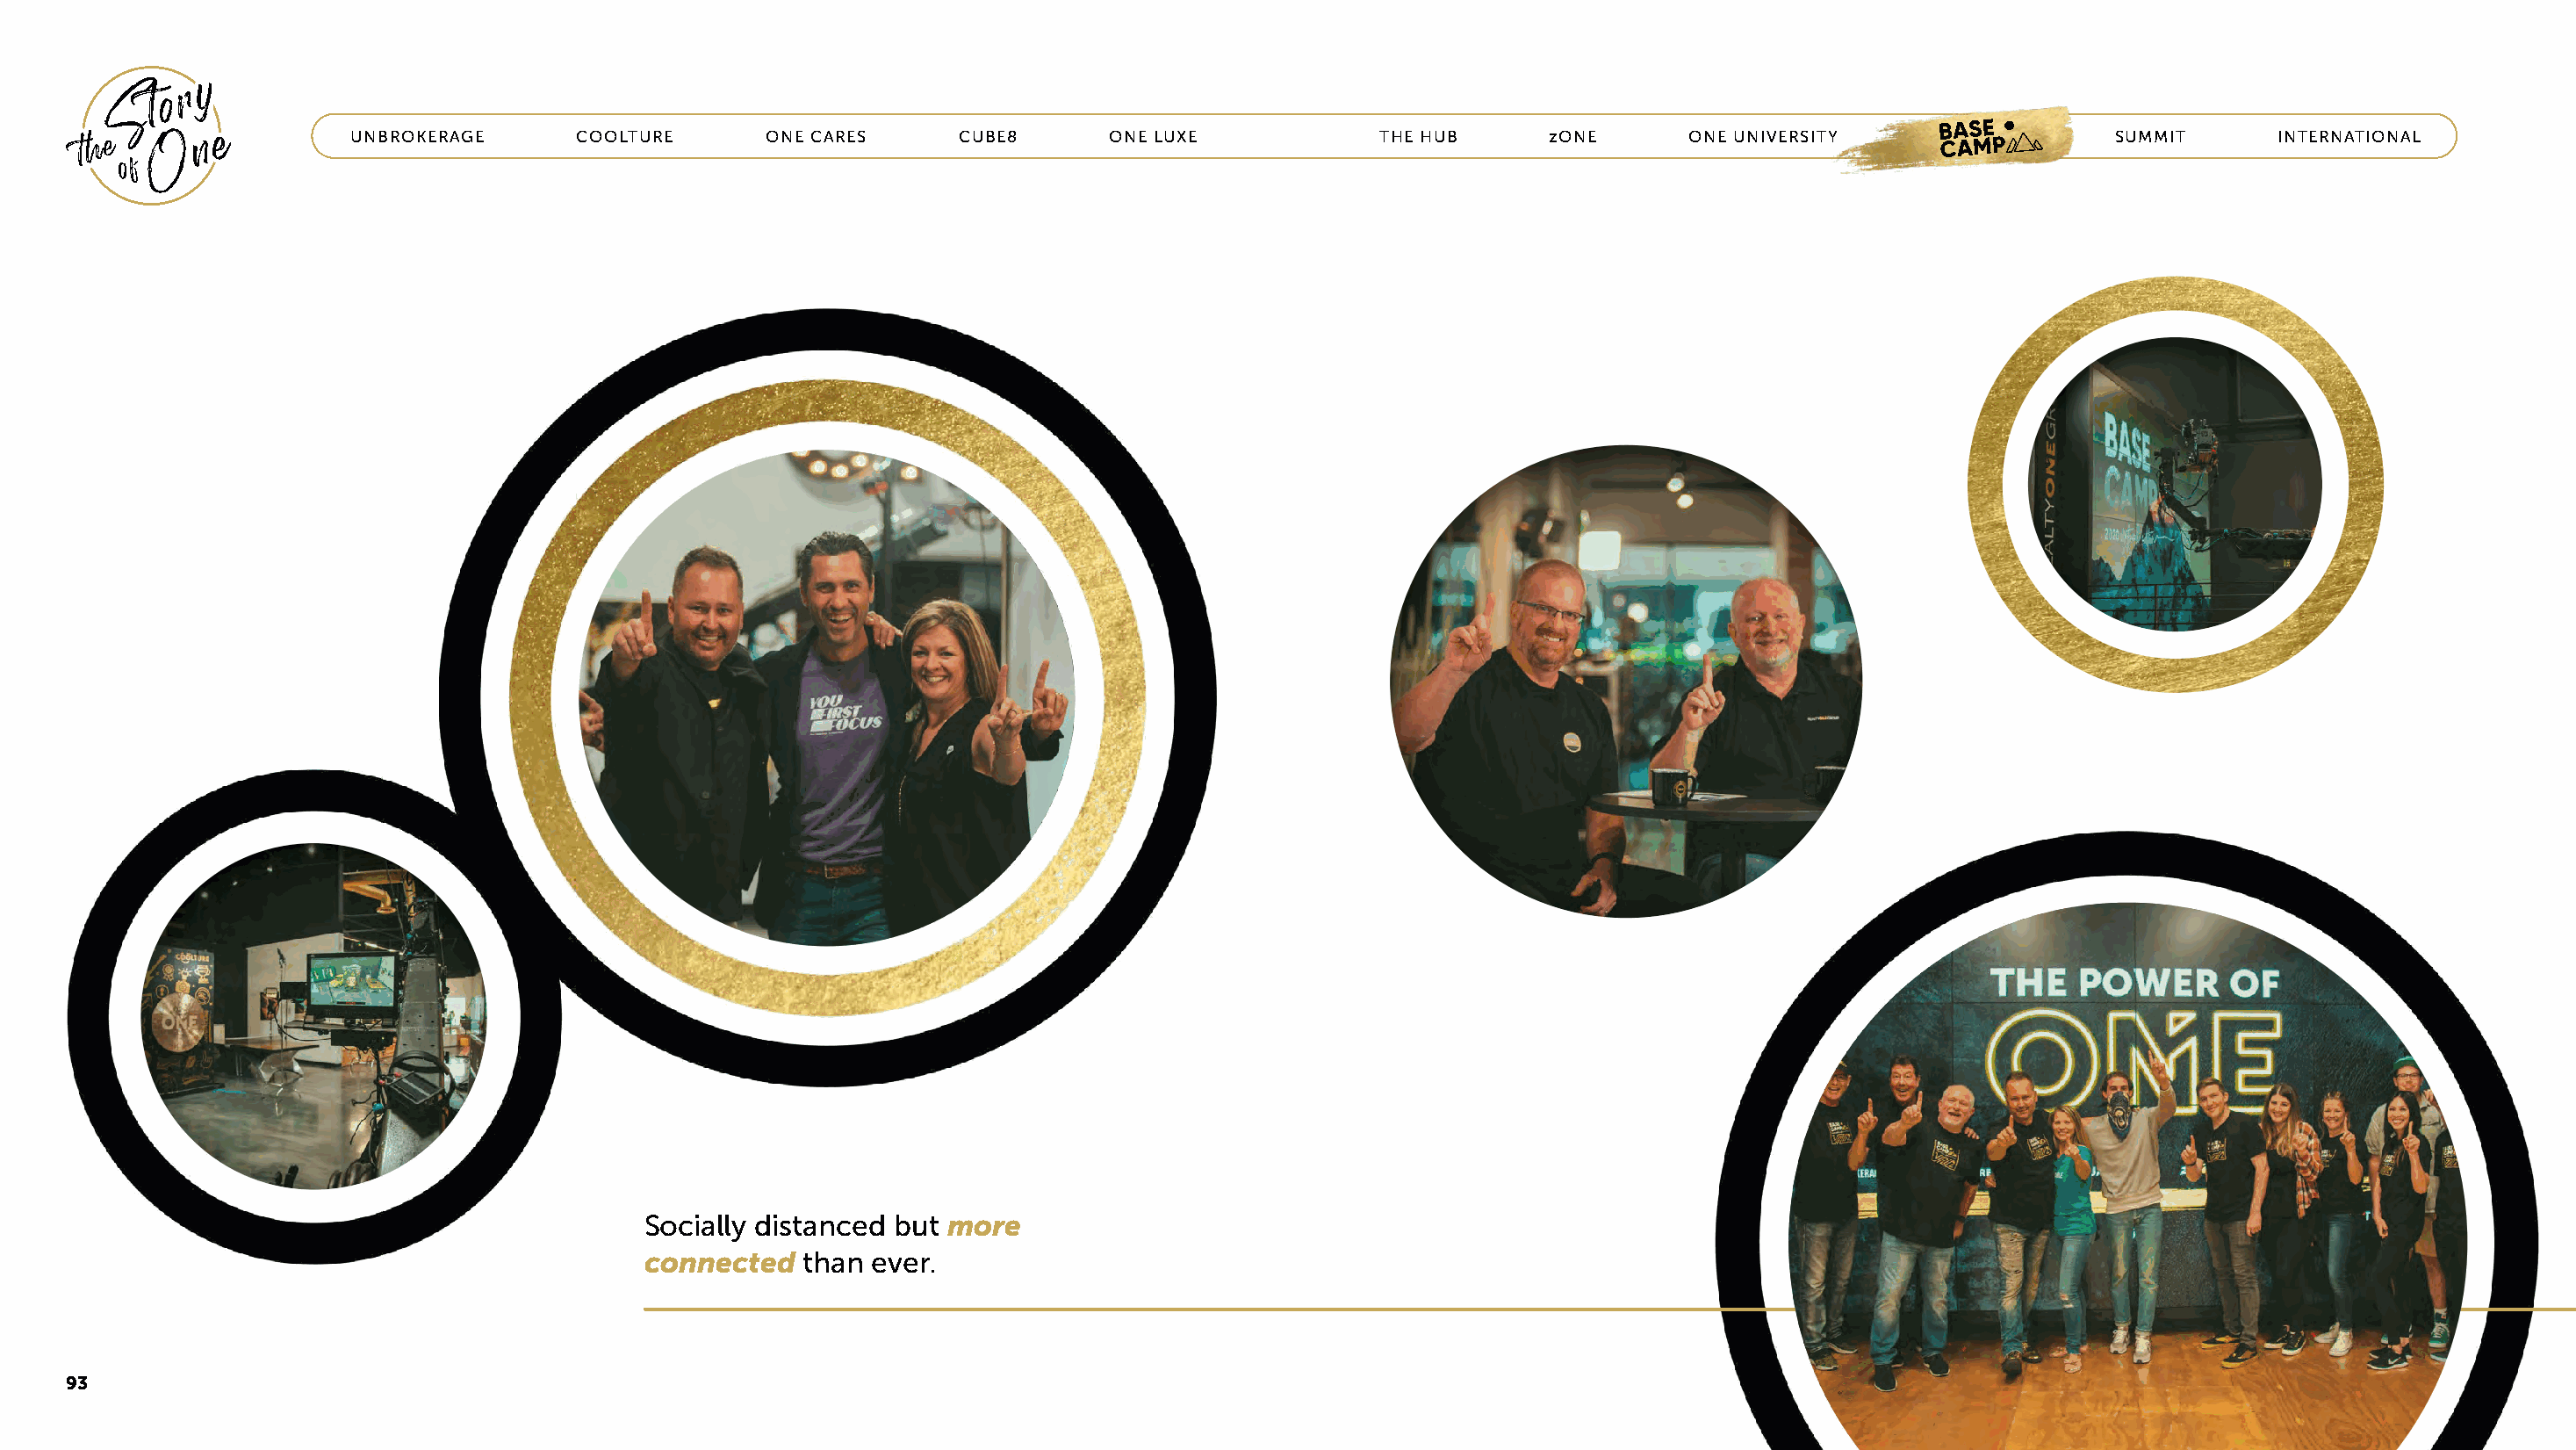
UNBROKERAGE      COOLTURE       ONE CARES     CUBE8       ONE LUXE            THE HUB      zONE      ONE UNIVERSITY    BASECAMP       SUMMIT      INTERNATIONAL
 Socially distanced but more
 connected   than ever.
 93